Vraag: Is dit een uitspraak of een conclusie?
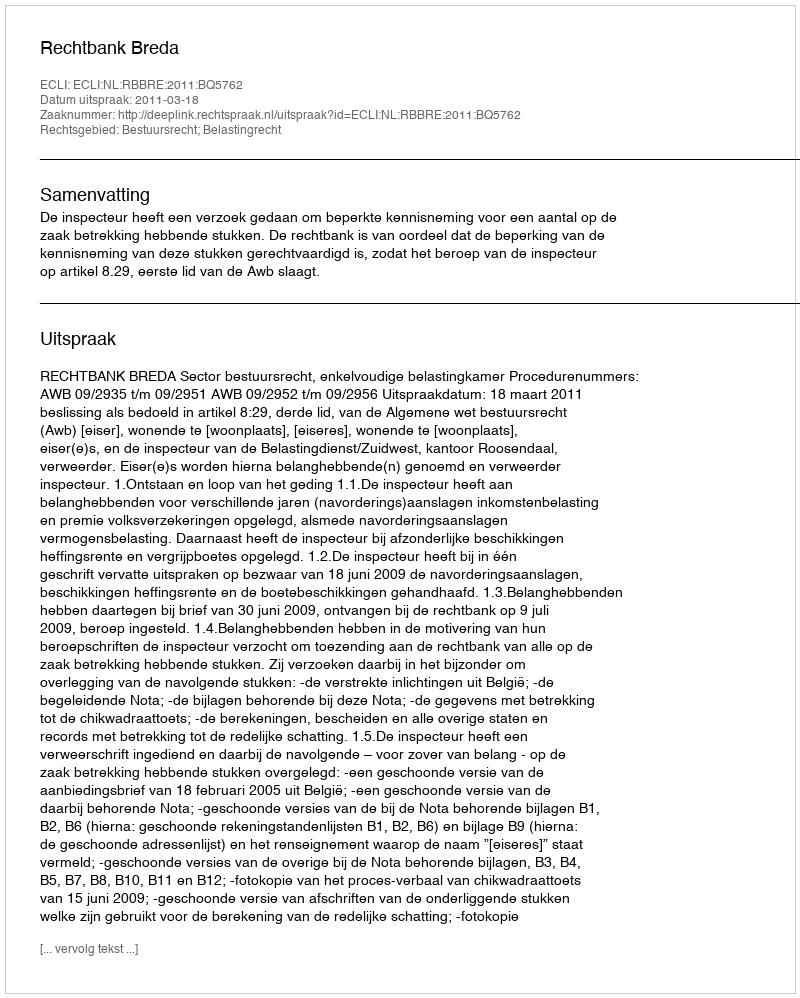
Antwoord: Uitspraak